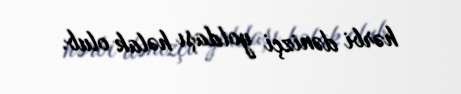
hərbi dənizçi yoldaşı həlak olub.